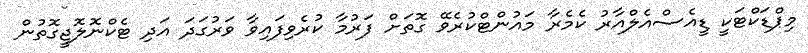
މިޕްޑަކްޓަކީ ޑީއެސްއެލްއާރު ކެމެރާ މައުންޓްކުރެވޭ ގޮތަށް ފަރުމާ ކުރެވިފައިވާ ވަރުގަދަ އަދި ޓެކްނޮލޮޖީގޮތުން